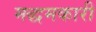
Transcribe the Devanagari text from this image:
मद्धमकारी